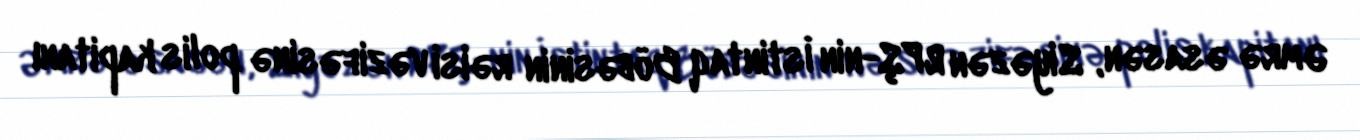
Əmrə əsasən, Siyəzən RPŞ-nin İstintaq Böbəsinin rəisi vəzifəsinə polis kapitanı